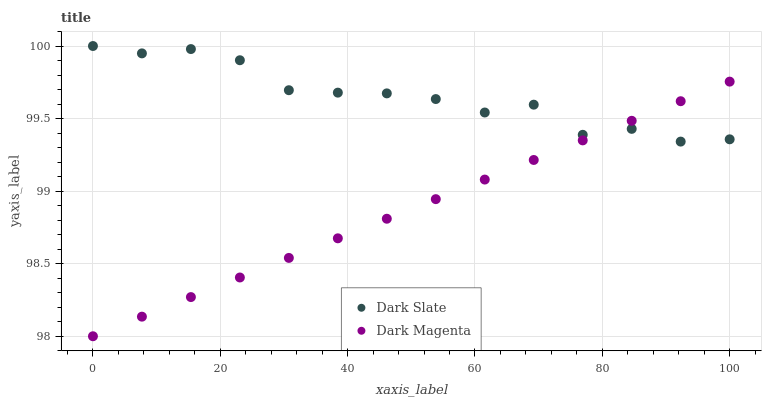
| xaxis_label | Dark Slate | Dark Magenta |
 | --- | --- | --- |
 | 0 | 100 | 98 |
 | 7.69 | 99.9 | 98.1 |
 | 15.4 | 100 | 98.3 |
 | 23.1 | 99.9 | 98.4 |
 | 30.8 | 99.7 | 98.5 |
 | 38.5 | 99.7 | 98.7 |
 | 46.2 | 99.7 | 98.8 |
 | 53.8 | 99.6 | 98.9 |
 | 61.5 | 99.5 | 99.1 |
 | 69.2 | 99.6 | 99.2 |
 | 76.9 | 99.4 | 99.3 |
 | 84.6 | 99.4 | 99.5 |
 | 92.3 | 99.3 | 99.6 |
 | 100 | 99.4 | 99.8 |